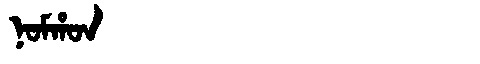
Manchu: ᠨᠣᠮᡥᠣᠨ
Romanization: NOMHON